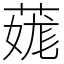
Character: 䓼